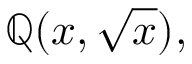
\mathbb { Q } ( x , { \sqrt { x } } ) ,